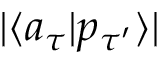
| \langle a _ { \tau } | p _ { \tau ^ { \prime } } \rangle |